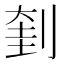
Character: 𠝥